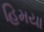
હિમયા